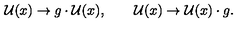
\mathcal { U } ( x ) \rightarrow g \cdot \mathcal { U } ( x ) , \qquad \mathcal { U } ( x ) \rightarrow \mathcal { U } ( x ) \cdot g .